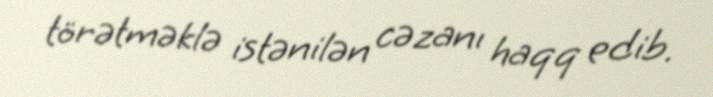
törətməklə istənilən cəzanı haqq edib.